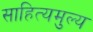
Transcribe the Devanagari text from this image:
साहित्यमुल्य